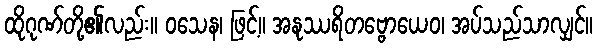
ထိုဂုဏ်တို့၏လည်း။ ဝသေန၊ ဖြင့်။ အနုဿရိတဗ္ဗောယေဝ၊ အပ်သည်သာလျှင်။